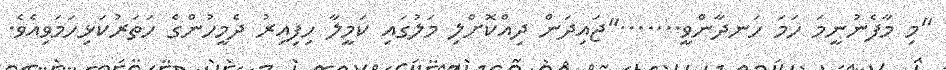
"މި މާފެނުނީމަ ހަމަ ހަނދާންވީ......."ޖައިދަން ދިއްކޮށްލި މަލުގައި ކަމީލާ ހިފިއިރު ދެމީހުންގެ ހަތަރުކަޅިހަމަވިއެވެ.